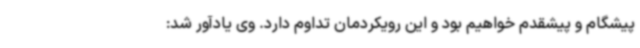
پیشگام و پیشقدم خواهیم بود و این رویکردمان تداوم دارد. وی یادآور شد: